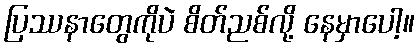
ပြဿနာတွေကိုပဲ စိတ်ညစ်လို့ နေမှာပေါ့။